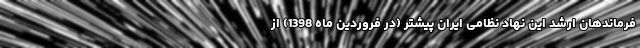
فرماندهان ارشد این نهاد نظامی ایران پیشتر (در فروردین ماه 1398) از